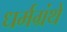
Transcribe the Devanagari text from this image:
धर्मग्रंथे